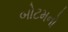
બોટમનો